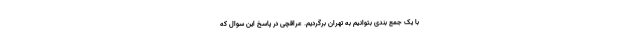
با یک جمع بندی بتوانیم به تهران برگردیم. عراقچی در پاسخ این سوال که